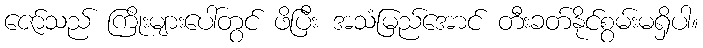
ဇော်သည် ကြိုးများပေါ်တွင် ဖိပြီး အသံမြည်အောင် တီးခတ်နိုင်စွမ်းမရှိပါ။